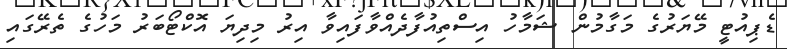
ޑެޕިއުޓީ މޭޔަރުގެ މަގާމުން ޝަމާހު އިސްތިއުފާދެއްވާފައިވާ އިރު މިދިޔަ އޮކްޓޯބަރު މަހުގެ ތެރޭގައި